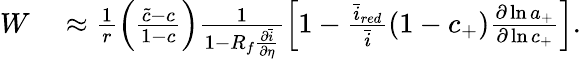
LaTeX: \begin{array}{rl}{W}&{{}\approx\frac{1}{r}\left(\frac{\tilde{c}-c}{1-c}\right)\frac{1}{1-R_{f}\frac{\partial\bar{i}}{\partial\eta}}\left[1-\frac{\bar{i}_{red}}{\bar{i}}\left(1-c_{+}\right)\frac{\partial\ln{a_{+}}}{\partial\ln{c_{+}}}\right].}\end{array}